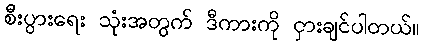
စီးပွားရေး သုံးအတွက် ဒီကားကို ငှားချင်ပါတယ်။